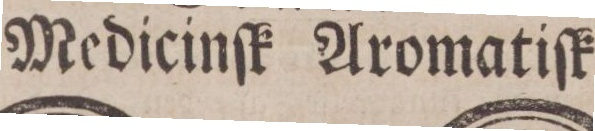
Medicinſk Aromatiſk